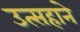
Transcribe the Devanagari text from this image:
उत्सहाने